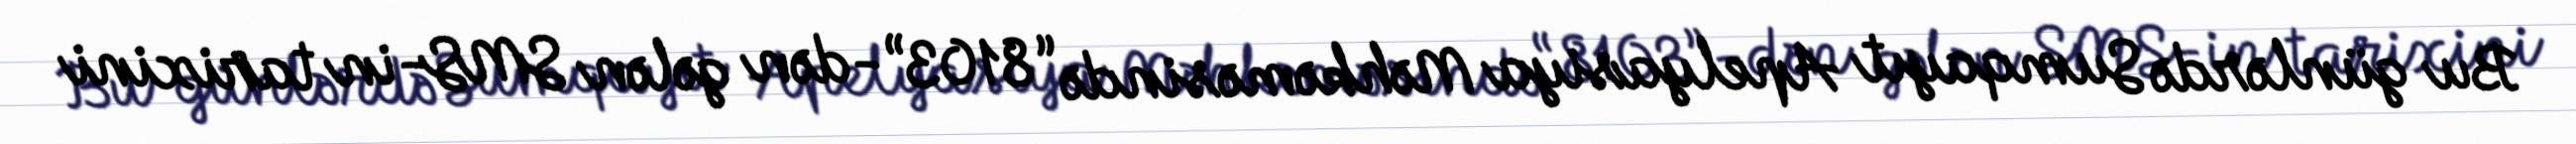
Bu günlərdə Sumqayıt Apelyasiya Məhkəməsində “8103”-dən gələn SMS-in tarixini